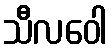
သီလဝေါ